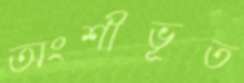
অংশীভূত